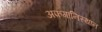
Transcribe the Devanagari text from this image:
अफ़गानिस्थान